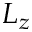
L _ { z }